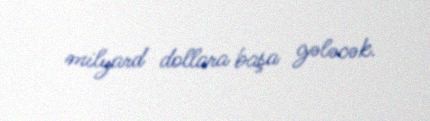
milyard dollara başa gələcək.